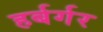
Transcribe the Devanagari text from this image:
हर्बर्गर